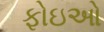
ફોઇઓ